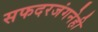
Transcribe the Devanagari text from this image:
सफदरजंगनेही